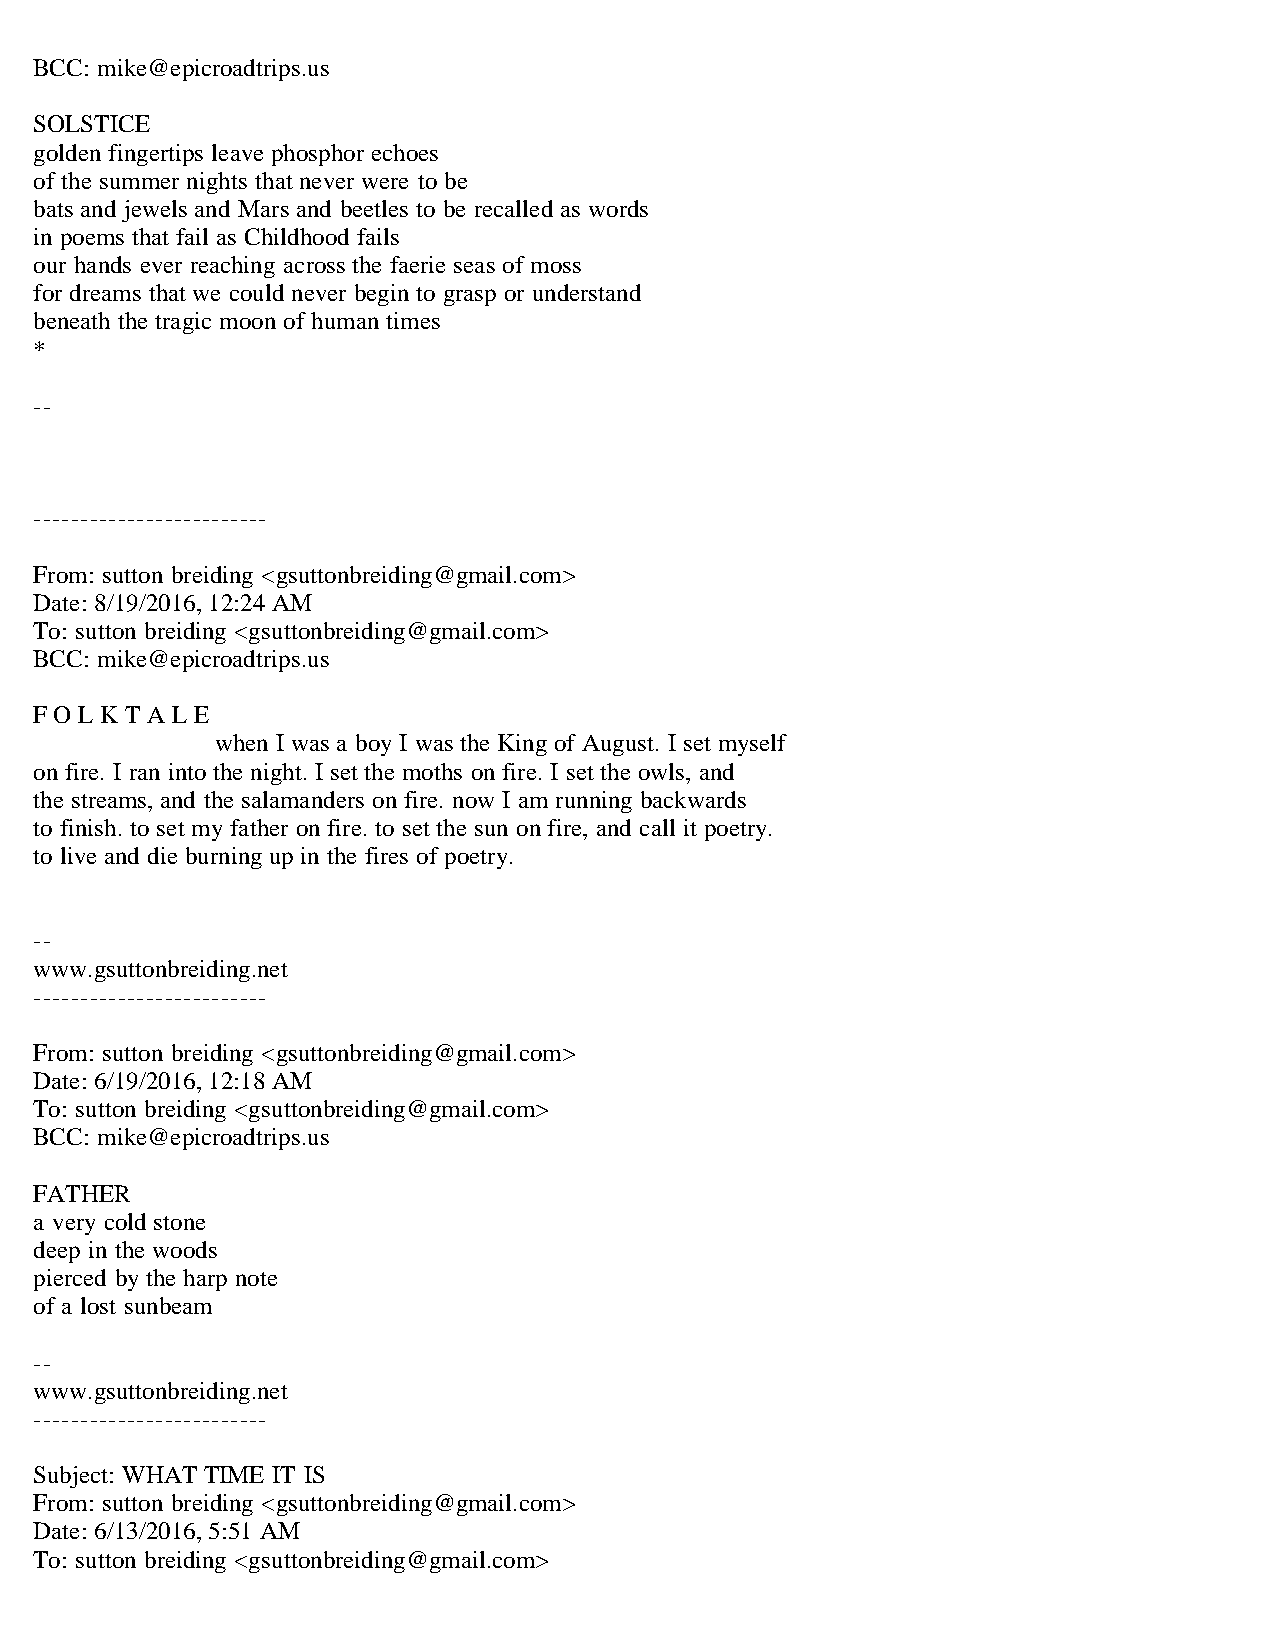
BCC: mike@epicroadtrips.us
 SOLSTICE
 golden fingertips leave phosphor echoes
 of the summer nights that never were to be
 bats and jewels and Mars and beetles to be recalled as words
 in poems that fail as Childhood fails
 our hands ever reaching across the faerie seas of moss
 for dreams that we could never begin to grasp or understand
 beneath the tragic moon of human times
 *
 --
 -------------------------
 From: sutton breiding <gsuttonbreiding@gmail.com>
 Date: 8/19/2016, 12:24 AM
 To: sutton breiding <gsuttonbreiding@gmail.com>
 BCC: mike@epicroadtrips.us
 F O L K T A L E
 when I was a boy I was the King of August. I set myself
 on fire. I ran into the night. I set the moths on fire. I set the owls, and
 the streams, and the salamanders on fire. now I am running backwards
 to finish. to set my father on fire. to set the sun on fire, and call it poetry.
 to live and die burning up in the fires of poetry.
 --
 www.gsuttonbreiding.net
 -------------------------
 From: sutton breiding <gsuttonbreiding@gmail.com>
 Date: 6/19/2016, 12:18 AM
 To: sutton breiding <gsuttonbreiding@gmail.com>
 BCC: mike@epicroadtrips.us
 FATHER
 a very cold stone
 deep in the woods
 pierced by the harp note
 of a lost sunbeam
 --
 www.gsuttonbreiding.net
 -------------------------
 Subject: WHAT TIME IT IS
 From: sutton breiding <gsuttonbreiding@gmail.com>
 Date: 6/13/2016, 5:51 AM
 To: sutton breiding <gsuttonbreiding@gmail.com>